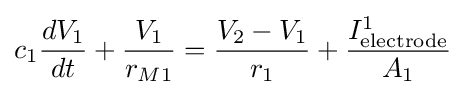
c_{1}{\frac {dV_{1}}{dt}}+{\frac {V_{1}}{r_{M1}}}={\frac {V_{2}-V_{1}}{r_{1}}}+{\frac {I_{\text{electrode}}^{1}}{A_{1}}}